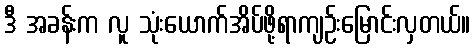
ဒီ အခန်းက လူ သုံးယောက်အိပ်ဖို့ရာကျဉ်းမြောင်းလှတယ်။